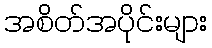
အစိတ်အပိုင်းများ